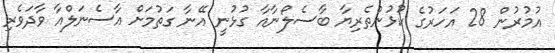
އުމުރުން 28 އަހަރުގެ ކުޅުންތެރިޔާ ބާސެލޯނާއާ ގުޅުނީ އޭނާ ގަތުމަށް އާސެނަލްއާ ވާދަވެރި